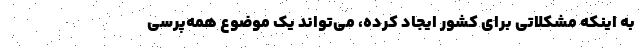
به اینکه مشکلاتی برای کشور ایجاد کرده، می‌تواند یک موضوع همه‌پرسی